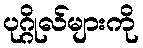
ပုဂ္ဂိုလ်များကို